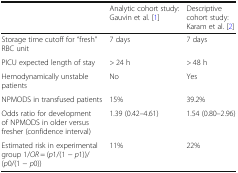
|  | Analytic cohort study: Gauvin et al. [1] | Descriptive cohort study: Karam et al. [2] |
 | --- | --- | --- |
 | Storage time cutoff for “fresh” RBC unit | 7 days | 7 days |
 | PICU expected length of stay | > 24 h | > 48 h |
 | Hemodynamically unstable patients | No | Yes |
 | NPMODS in transfused patients | 15% | 39.2% |
 | Odds ratio for development of NPMODS in older versus fresher (confidence interval) | 1.39 (0.42–4.61) | 1.54 (0.80–2.96) |
 | Estimated risk in experimental group 1/OR = (p1/(1 − p1))/(p0/(1 − p0)) | 11% | 22% |